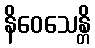
နိဝေသေန္တိ